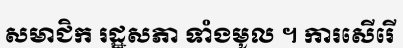
សមាជិក រដ្ឋសភា ទាំងមូល ។ ការសើរើ